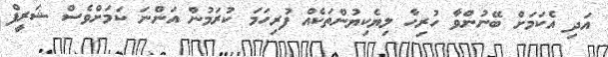
އަދި އެކަމަށް ބޭނުންވާ ހުރިހާ ލިޔެކިޔުންތަކެއް ފުރިހަމަ ކުރަމުން އަންނަ ކަމަށްވެސް ޝަރީފް